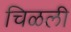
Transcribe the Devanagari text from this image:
चिळली